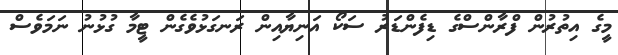
މީގެ އިތުރުން ފްރާންސްގެ ޑިފެންޑަރު ސަކޯ އަނިޔާއިން ރަނގަޅުވެގެން ޓީމާ ގުޅުނު ނަމަވެސް